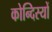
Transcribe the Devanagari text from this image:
कोन्दिस्यों